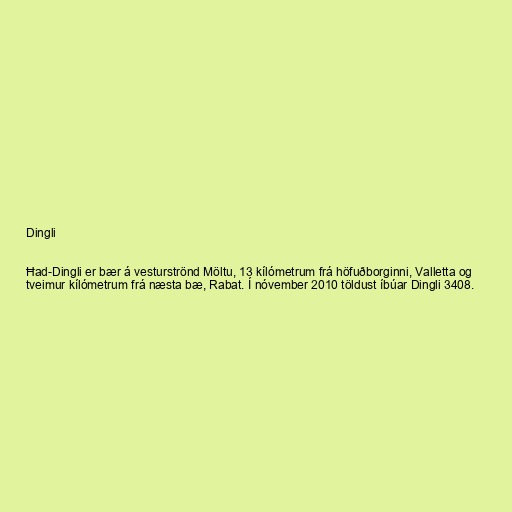
Dingli

Ħad-Dingli er bær á vesturströnd Möltu, 13 kílómetrum frá höfuðborginni, Valletta og
tveimur kílómetrum frá næsta bæ, Rabat. Í nóvember 2010 töldust íbúar Dingli 3408.